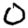
Digit: 0